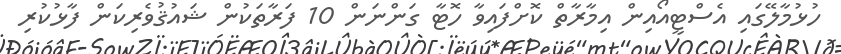
ހުޅުމާލޭގައި އެސްޓީއޯއިން އިމާރާތް ކޮށްފައިވާ ހޮޓާ ގަންނަން 10 ފަރާތަކުން ޝައުޤުވެރިކަން ފާޅުކުރި